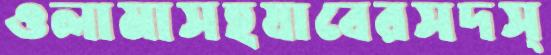
ওলামাসহযাবেরসদস্